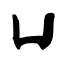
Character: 凵